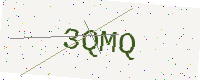
Text: 3QMQ